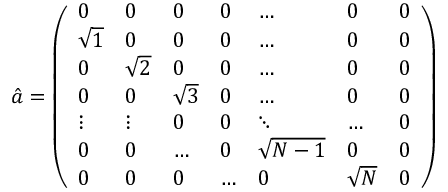
\hat { a } = \left( \begin{array} { l l l l l l l } { 0 } & { 0 } & { 0 } & { 0 } & { \dots } & { 0 } & { 0 } \\ { \sqrt { 1 } } & { 0 } & { 0 } & { 0 } & { \dots } & { 0 } & { 0 } \\ { 0 } & { \sqrt { 2 } } & { 0 } & { 0 } & { \dots } & { 0 } & { 0 } \\ { 0 } & { 0 } & { \sqrt { 3 } } & { 0 } & { \dots } & { 0 } & { 0 } \\ { \vdots } & { \vdots } & { 0 } & { 0 } & { \ddots } & { \dots } & { 0 } \\ { 0 } & { 0 } & { \dots } & { 0 } & { \sqrt { N - 1 } } & { 0 } & { 0 } \\ { 0 } & { 0 } & { 0 } & { \dots } & { 0 } & { \sqrt { N } } & { 0 } \end{array} \right)